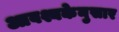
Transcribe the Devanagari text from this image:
आवश्यकेनुसार